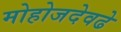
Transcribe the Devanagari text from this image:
मोहोजदेवढे